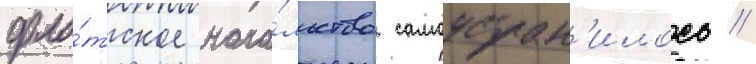
фло́тское нача́льство самоустран'илось //